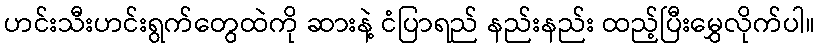
ဟင်းသီးဟင်းရွက်တွေထဲကို ဆားနဲ့ ငံပြာရည် နည်းနည်း ထည့်ပြီးမွှေလိုက်ပါ။